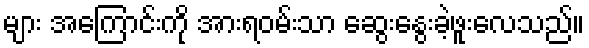
များ အကြောင်းကို အားရဝမ်းသာ ဆွေးနွေးခဲ့ဖူးလေသည်။